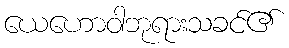
ယေဟောဝါဘုရားသခင်၏